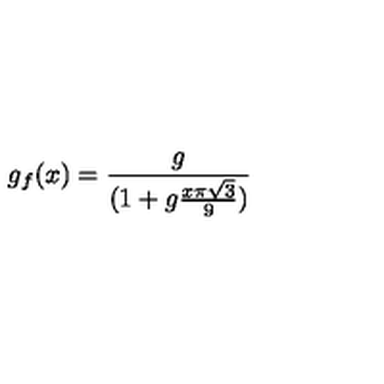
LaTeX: g _ { f } ( x ) = { \frac { g } { ( 1 + g { \frac { x \pi \sqrt { 3 } } { 9 } } ) } }